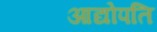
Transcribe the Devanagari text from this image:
आद्योपति